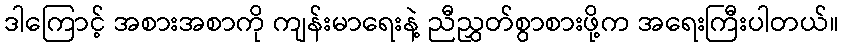
ဒါကြောင့် အစားအစာကို ကျန်းမာရေးနဲ့ ညီညွှတ်စွာစားဖို့က အရေးကြီးပါတယ်။